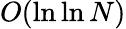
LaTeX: O(\ln\ln N)